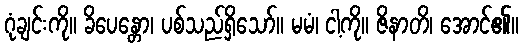
ဂုံချင်းကို။ ခိပေန္တော၊ ပစ်သည်ရှိသော်။ မမံ၊ ငါ့ကို။ ဇိနာတိ၊ အောင်၏။